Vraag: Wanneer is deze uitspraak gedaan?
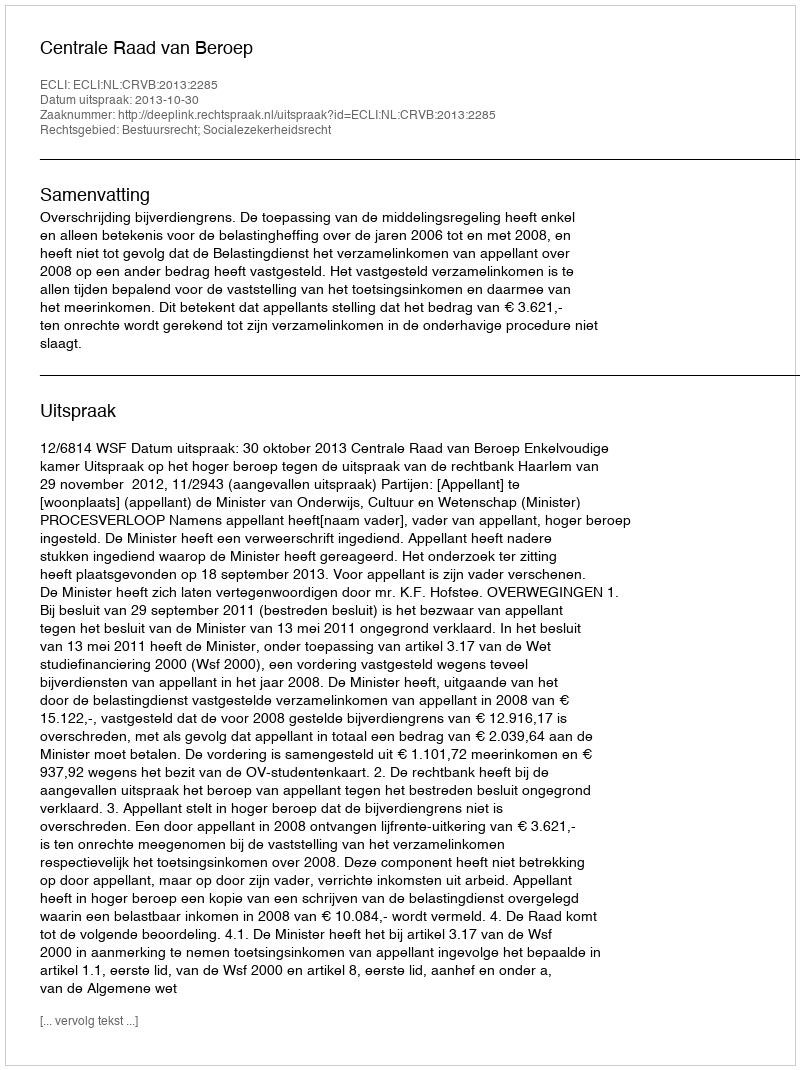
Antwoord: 2013-10-30